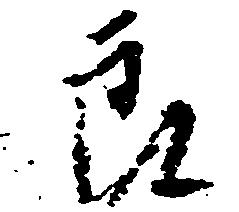
郎